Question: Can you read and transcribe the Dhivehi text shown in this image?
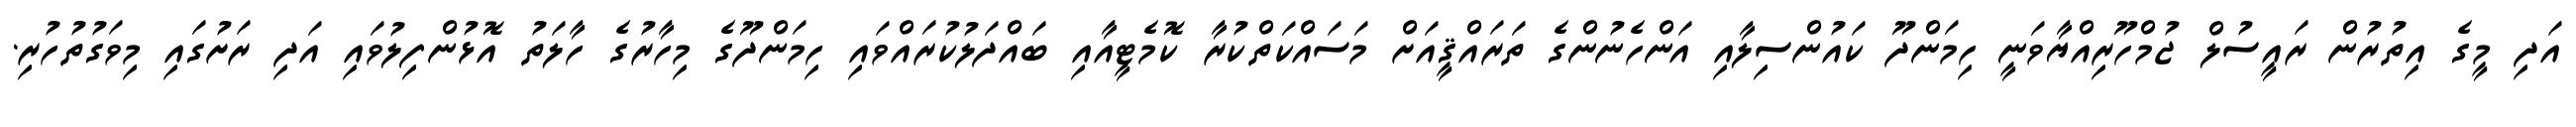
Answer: އަދި މީގެ އިތުރުން ރައީސުލް ޖުމްހޫރިއްޔާވަނީ ހިމަންދޫ ކައުންސިލާއި އަންހެނުންގެ ތަރައްޤީއަށް މަސައްކަތްކުރާ ކޮމެޓީއާއި ބައްދަލުކުރައްވައި ހިމަންދޫގެ މިހާރުގެ ހާލަތު އޮޅުންފިލުވައި އަދި ރަށުގައި މިވަގުތުހުރި.